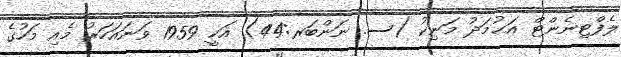
ލެފްޓިނެންޓް އަޙުމަދު މަނިކު (ސ. ނަންބަރ:44) އަކީ 1959 ވަނައަހަރު މެއި މަހުގެ